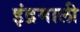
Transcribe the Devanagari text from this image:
इंद्रमाली